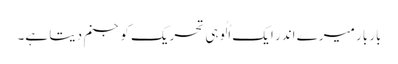
بار بار میرے اندر ایک اُلُوہی تحریک کو جنم دیتا ہے۔